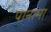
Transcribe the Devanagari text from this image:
पानामा